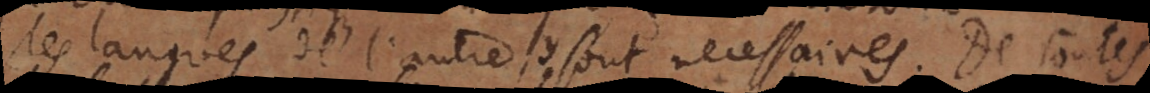
les langues de l’autre, y sont necessaires. De toutes